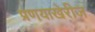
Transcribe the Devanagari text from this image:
प्रणयाखेरीज